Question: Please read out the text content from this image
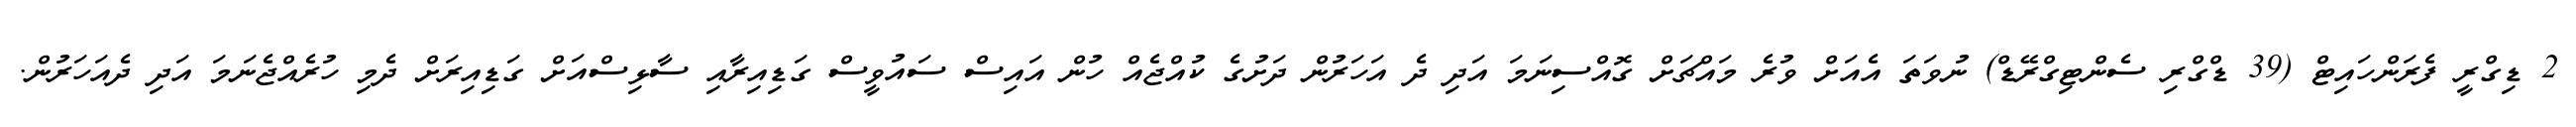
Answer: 2 ޑިގްރީ ފެރަންހައިޓް (39 ޑްގްރި ސެންޓިގްރޭޑް) ނުވަތަ އެއަށް ވުރެ މައްޗަށް ގޮއްސިނަމަ އަދި ދެ އަހަރުން ދަށުގެ ކުއްޖެއް ހުން އައިސް ސައުވީސް ގަޑިއިރާއި ސާޅިސްއަށް ގަޑިއިރަށް ދެމި ހުރެއްޖެނަމަ އަދި ދެއަހަރުން.